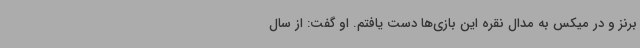
برنز و در میکس به مدال نقره این بازی‌ها دست یافتم. او گفت: از سال